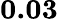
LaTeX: \mathbf{0.03}